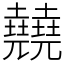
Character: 㚁